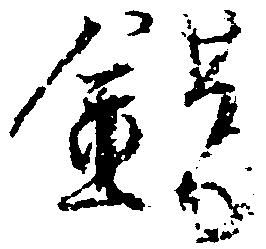
錯